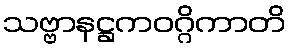
သဗ္ဗာနဋ္ဌကဝဂ္ဂိကာတိ